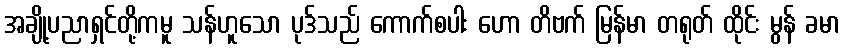
အချို့ပညာရှင်တို့ကမူ သန်ဟူသော ပုဒ်သည် ကောက်စပါး ဟော တိဗက် မြန်မာ တရုတ် ထိုင်း မွန် ခမာ